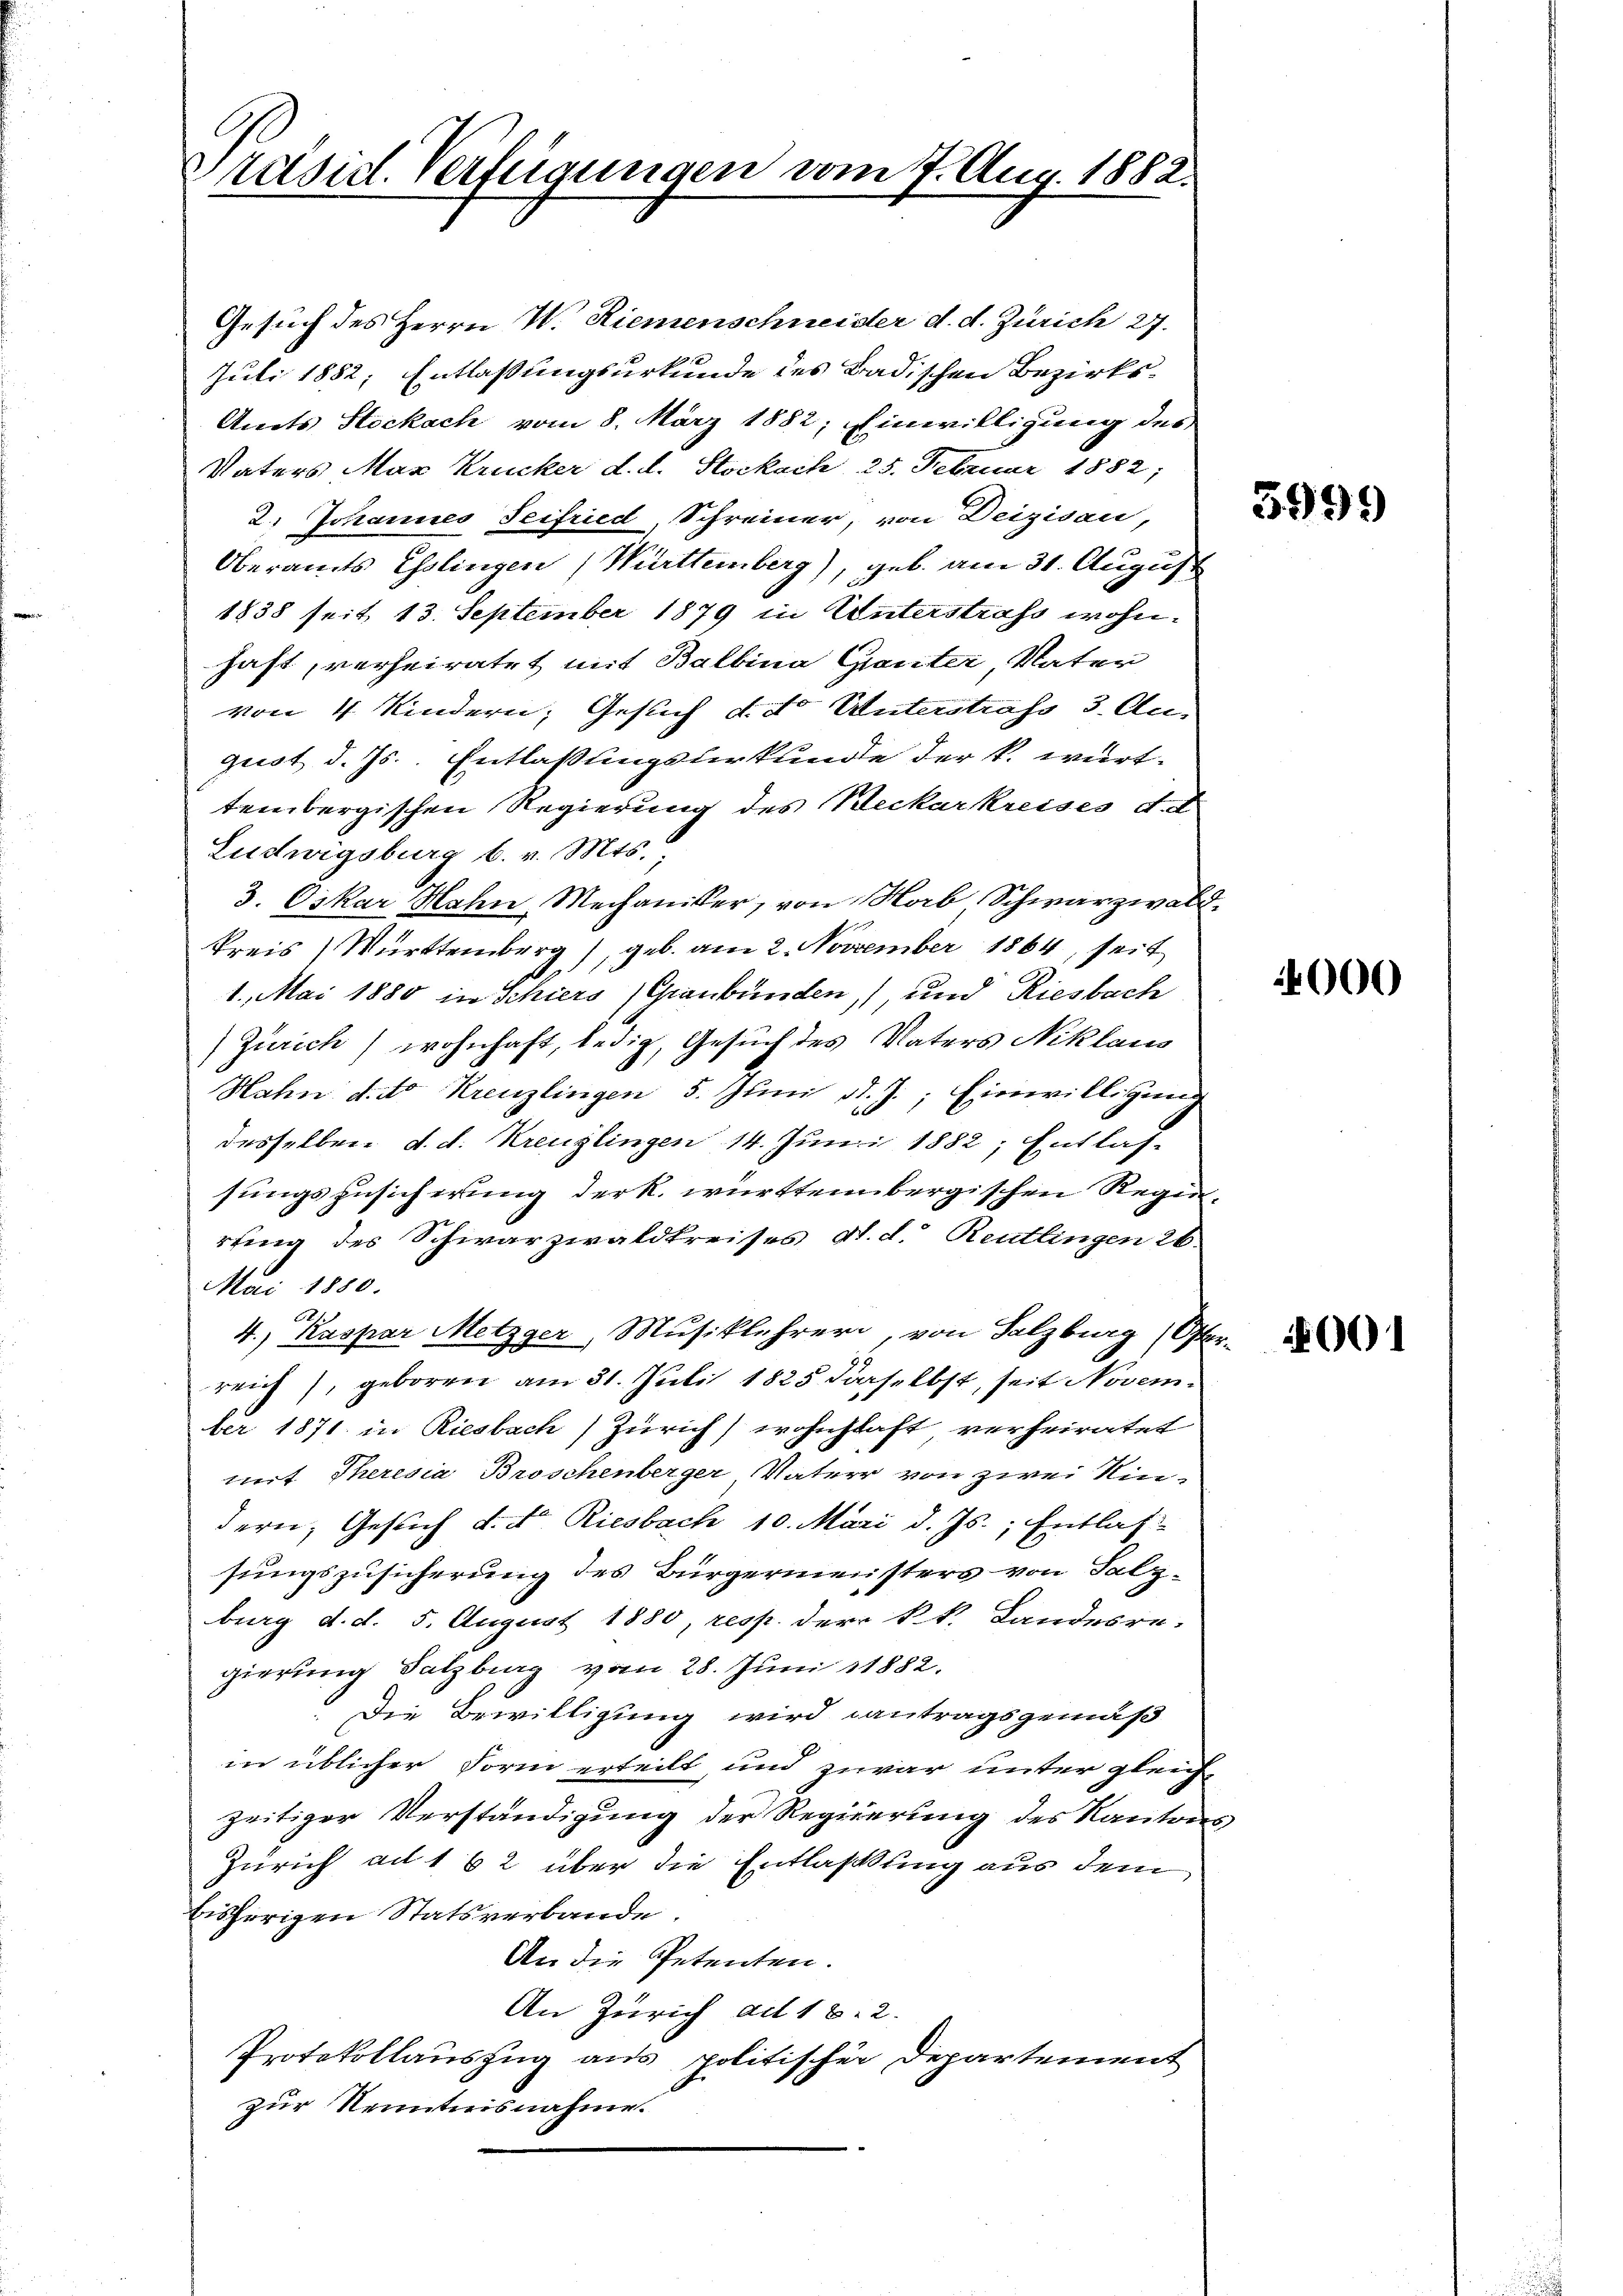
Präsid. Verfügungen vom 7. Aug. 1882.

Gesuch des Herrn W. Riemenschneider d. d. Zürich 27.
Juli 1882; Entlassungsurkunde des Badischen Bezirks¬
Amts Stockach vom 8. März 1882; Einwilligung des
Vaters Mar Krucker d. d. Stockach, 25. Februar 1882;
2. Johannes Seifried, Schreiner, von Deizisau,
Oberamts Esslingen (Württemberg), geb. am 31. August
1838 seit 13. September 1879 in Unterstrafs wohnhaft, verheiratet mit Balbina Ganter, Vater
von 4 Kindern, Gesuch d. d. Unterstrafs 3. August d. Js. Entlaßungsterkunde der k. württembergischen Regierung des Beckarkreises d. d
Ludwigsburg b. v. Mts.
3. Oskar Hahn, Mechaniker, von Hab Schwarzwald
Kreis) Württemberg), geb. am 2. November 1864, seit
1. Mai 1880 in Schiers (Graubünden, und Riesbach
Zürich) wohnhaft, ledig, Gesuch des Vaters Niklaus
Hahn d. d. Kreuzlingen 5. Juni d. J.; Einwilligung
desselben d. d. Kreuzlingen 14. Juni 1882; Entlas-
sungszusicherung der k. württembergischen Regierung des Schwarzwaldkreises d. d. Reutlingen 26
Mai 1880.
4., Kaspar Metzger, Musiklehrer, von Salzburg (Oster-
reich, geboren am 31. Juli 1825 derselbst, seit November 1871 in Riesbach Zürich) wohnhaft verheiratet
mt Theresia Broschenberger Vater von zwei Kin-
dern, Gesuch d. d. Riesbach 10. Mari d. Js., Entlas-
sungszusicherung des Bürgermeisters von Salz-
burg d. d. 5. August 1880 resp. der k. k. Landesre-
gierung Salzburg vom 28. Juni 1882.
Die Bewilligung wird antragsgemäß
in üblicher Form erteilt, und zuvor unter gleich-
zeitiger Verständigung der Regierung des Kantons
Zürich ad 162 über die Entlaßung aus dem
bisherigen Statsverbande.
An die Petenten.
An Zürich ad 18. 2.
Protokollauszug aus politischer Departement
zur Kenntnisnahme.

5999

000

001